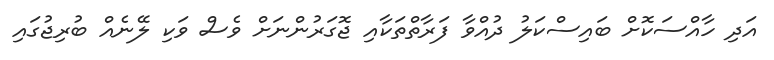
އަދި ހާއްސަކޮށް ބައިސްކަލު ދުއްވާ ފަރާތްތަކާއި ޖޮގަރުންނަށް ވެސް ވަކި ލޭނެއް ބުރިޖުގައި